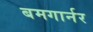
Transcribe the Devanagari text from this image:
बमगार्नर